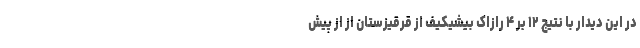
در این دیدار با نتیج ۱۲ بر ۴ رازاک بیشیکیف از قرقیزستان از از پیش